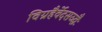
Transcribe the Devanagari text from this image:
विग्रहैर्वेदसञ्ज्ञैः